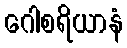
ဂေါစရိယာနံ